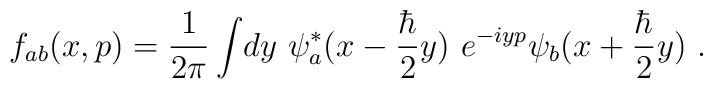
f_{ab}(x,p)={\frac{1}{2\pi }}\int \!dy~\psi _{a}^{*}(x-{\frac{\hbar }{2}}y)~e^{-iyp}\psi _{b}(x+{\frac{\hbar }{2}}y)\ .